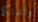
والدتكم